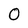
Character: O